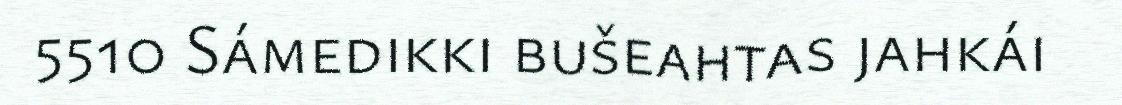
5510 Sámedikki bušeahtas jahkái